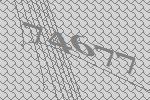
74677